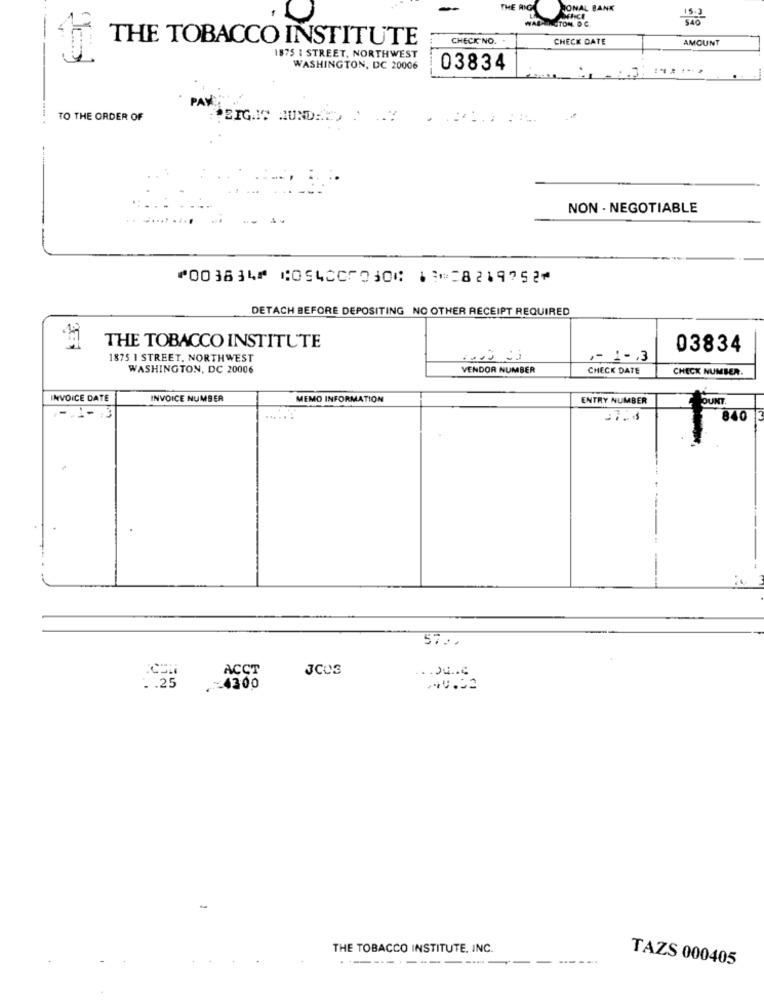
JONAL BANK
GTON, D.C.
THE TOBACCO INSTITUTE
CHECK NO.
CHECK DATE
AMOUNT
1875 | STREET, NORTHWEST
WASHINGTON, DC 20006
03834
PAY
TO THE ORDER OF
EIGAIS AUND :.
NON - NEGOTIABLE
⑈003834⑈ ⑆054007030⑆ 13⑉28219752⑈
DETACH BEFORE DEPOSITING NO OTHER RECEIPT REQUIRED
357
THE TOBACCO INSTITUTE
03834
1875 1 STREET, NORTHWEST
,- 1- , 3
WASHINGTON, DC 20006
VENDOR NUMBER
CHECK DATE
CHECK NUMBER.
INVOICE DATE
INVOICE NUMBER
MEMO INFORMATION
ENTRY NUMBER
FOUNT
840
57.
ACCT
JCUS
.. 25
4300
THE TOBACCO INSTITUTE, INC.
TAZS 000405